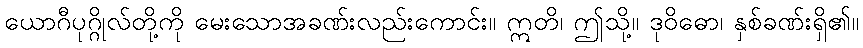
ယောဂီပုဂ္ဂိုလ်တို့ကို မေးသောအခဏ်းလည်းကောင်း။ ဣတိ၊ ဤသို့။ ဒုဝိဓော၊ နှစ်ခဏ်းရှိ၏။